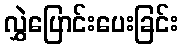
လွှဲပြောင်းပေးခြင်း